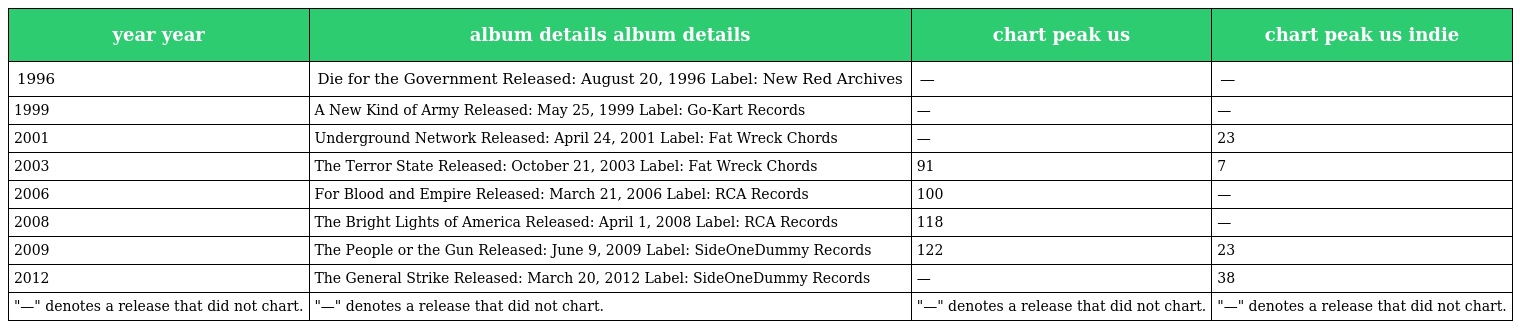
| year year | album details album details | chart peak us | chart peak us indie |
 | --- | --- | --- | --- |
 | 1996 | Die for the Government Released: August 20, 1996 Label: New Red Archives | — | — |
 | 1999 | A New Kind of Army Released: May 25, 1999 Label: Go-Kart Records | — | — |
 | 2001 | Underground Network Released: April 24, 2001 Label: Fat Wreck Chords | — | 23 |
 | 2003 | The Terror State Released: October 21, 2003 Label: Fat Wreck Chords | 91 | 7 |
 | 2006 | For Blood and Empire Released: March 21, 2006 Label: RCA Records | 100 | — |
 | 2008 | The Bright Lights of America Released: April 1, 2008 Label: RCA Records | 118 | — |
 | 2009 | The People or the Gun Released: June 9, 2009 Label: SideOneDummy Records | 122 | 23 |
 | 2012 | The General Strike Released: March 20, 2012 Label: SideOneDummy Records | — | 38 |
 | "—" denotes a release that did not chart. | "—" denotes a release that did not chart. | "—" denotes a release that did not chart. | "—" denotes a release that did not chart. |